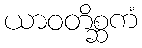
ယာဝတိစ္ဆကံ